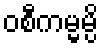
ဝစီကမ္မမ္ပိ